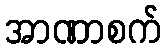
အာဏာစက်